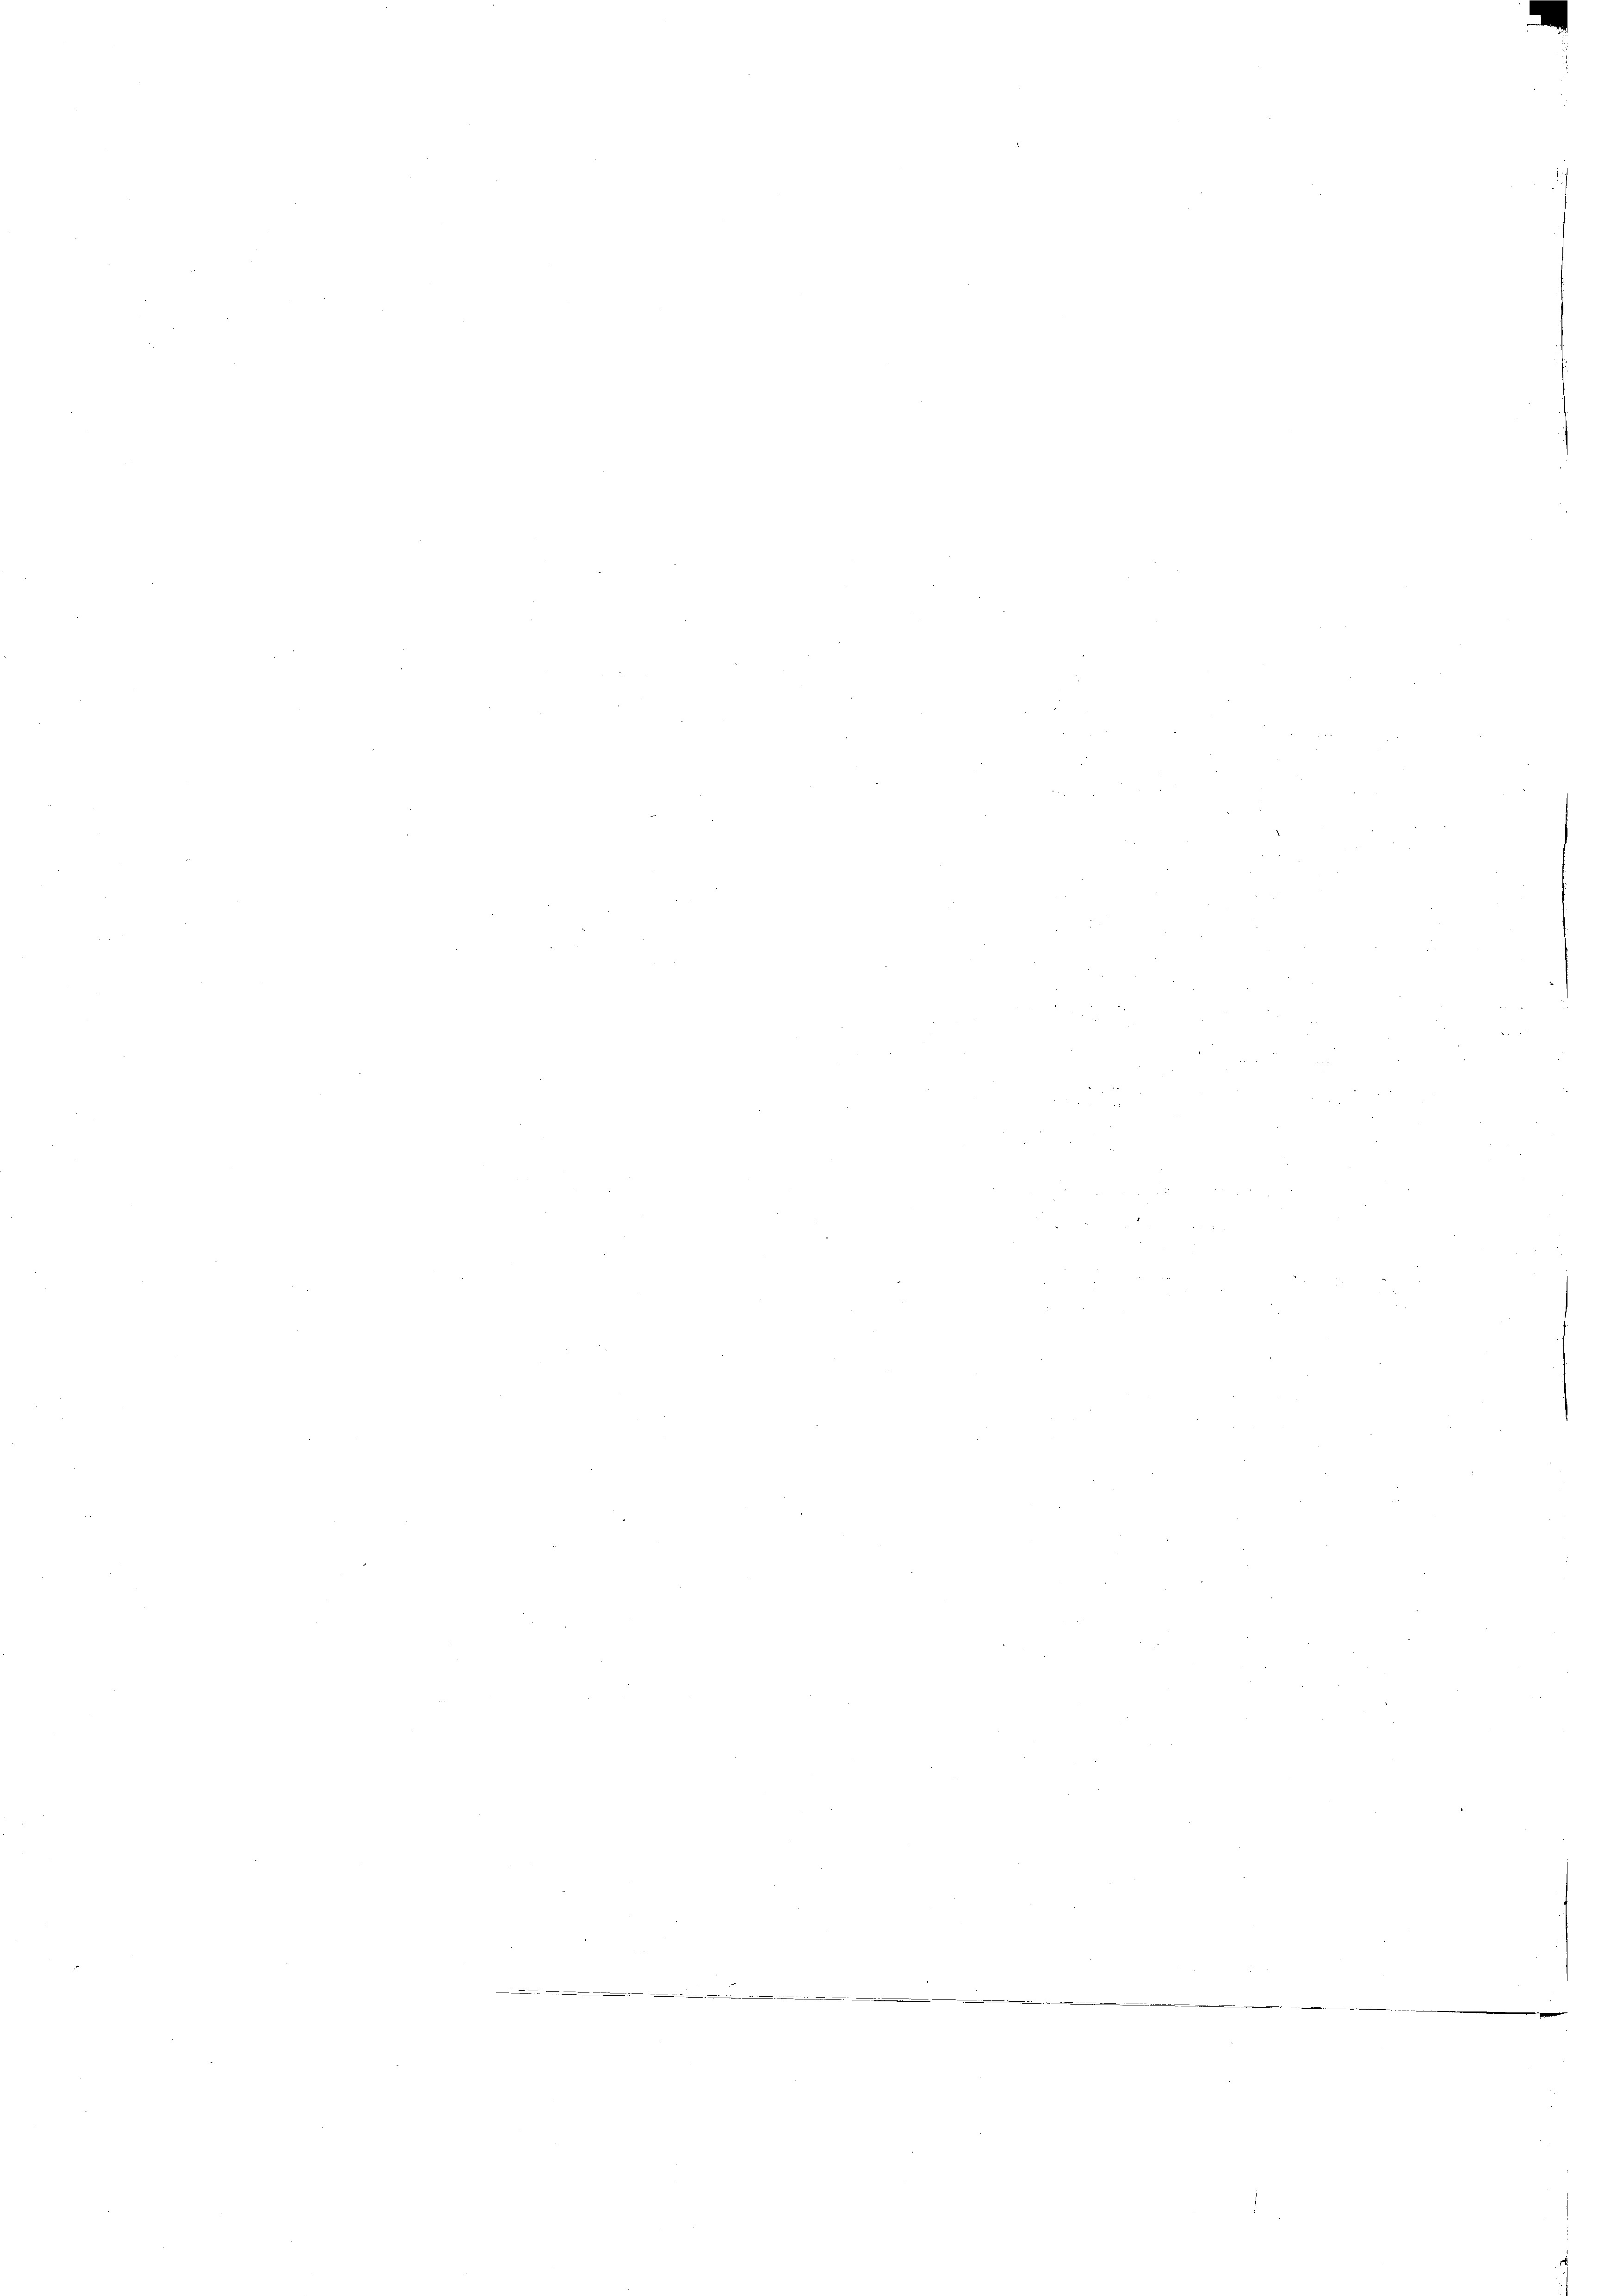
22
e

2
e
2
e
2
 ich mich auch zu den der in die ich an der den schlichen Schatten in die an des ist die er mit Willet und in Mische doch gehen  ich die er alles sicht u will      |
d